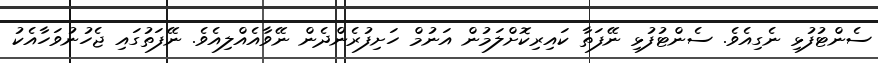
ސެންޓުފުޅި ނެގިއެވެ. ސެންޓުފުޅި ނޭފަތާ ކައިރިކޮށްލަމުން އަނުމް ހަށިފުރެންދެން ނޭވާއެއްލިއެވެ. ނޭފަތުގައި ޖެހުނުވަހާއެކު